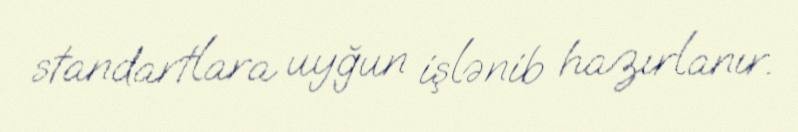
standartlara uyğun işlənib hazırlanır.